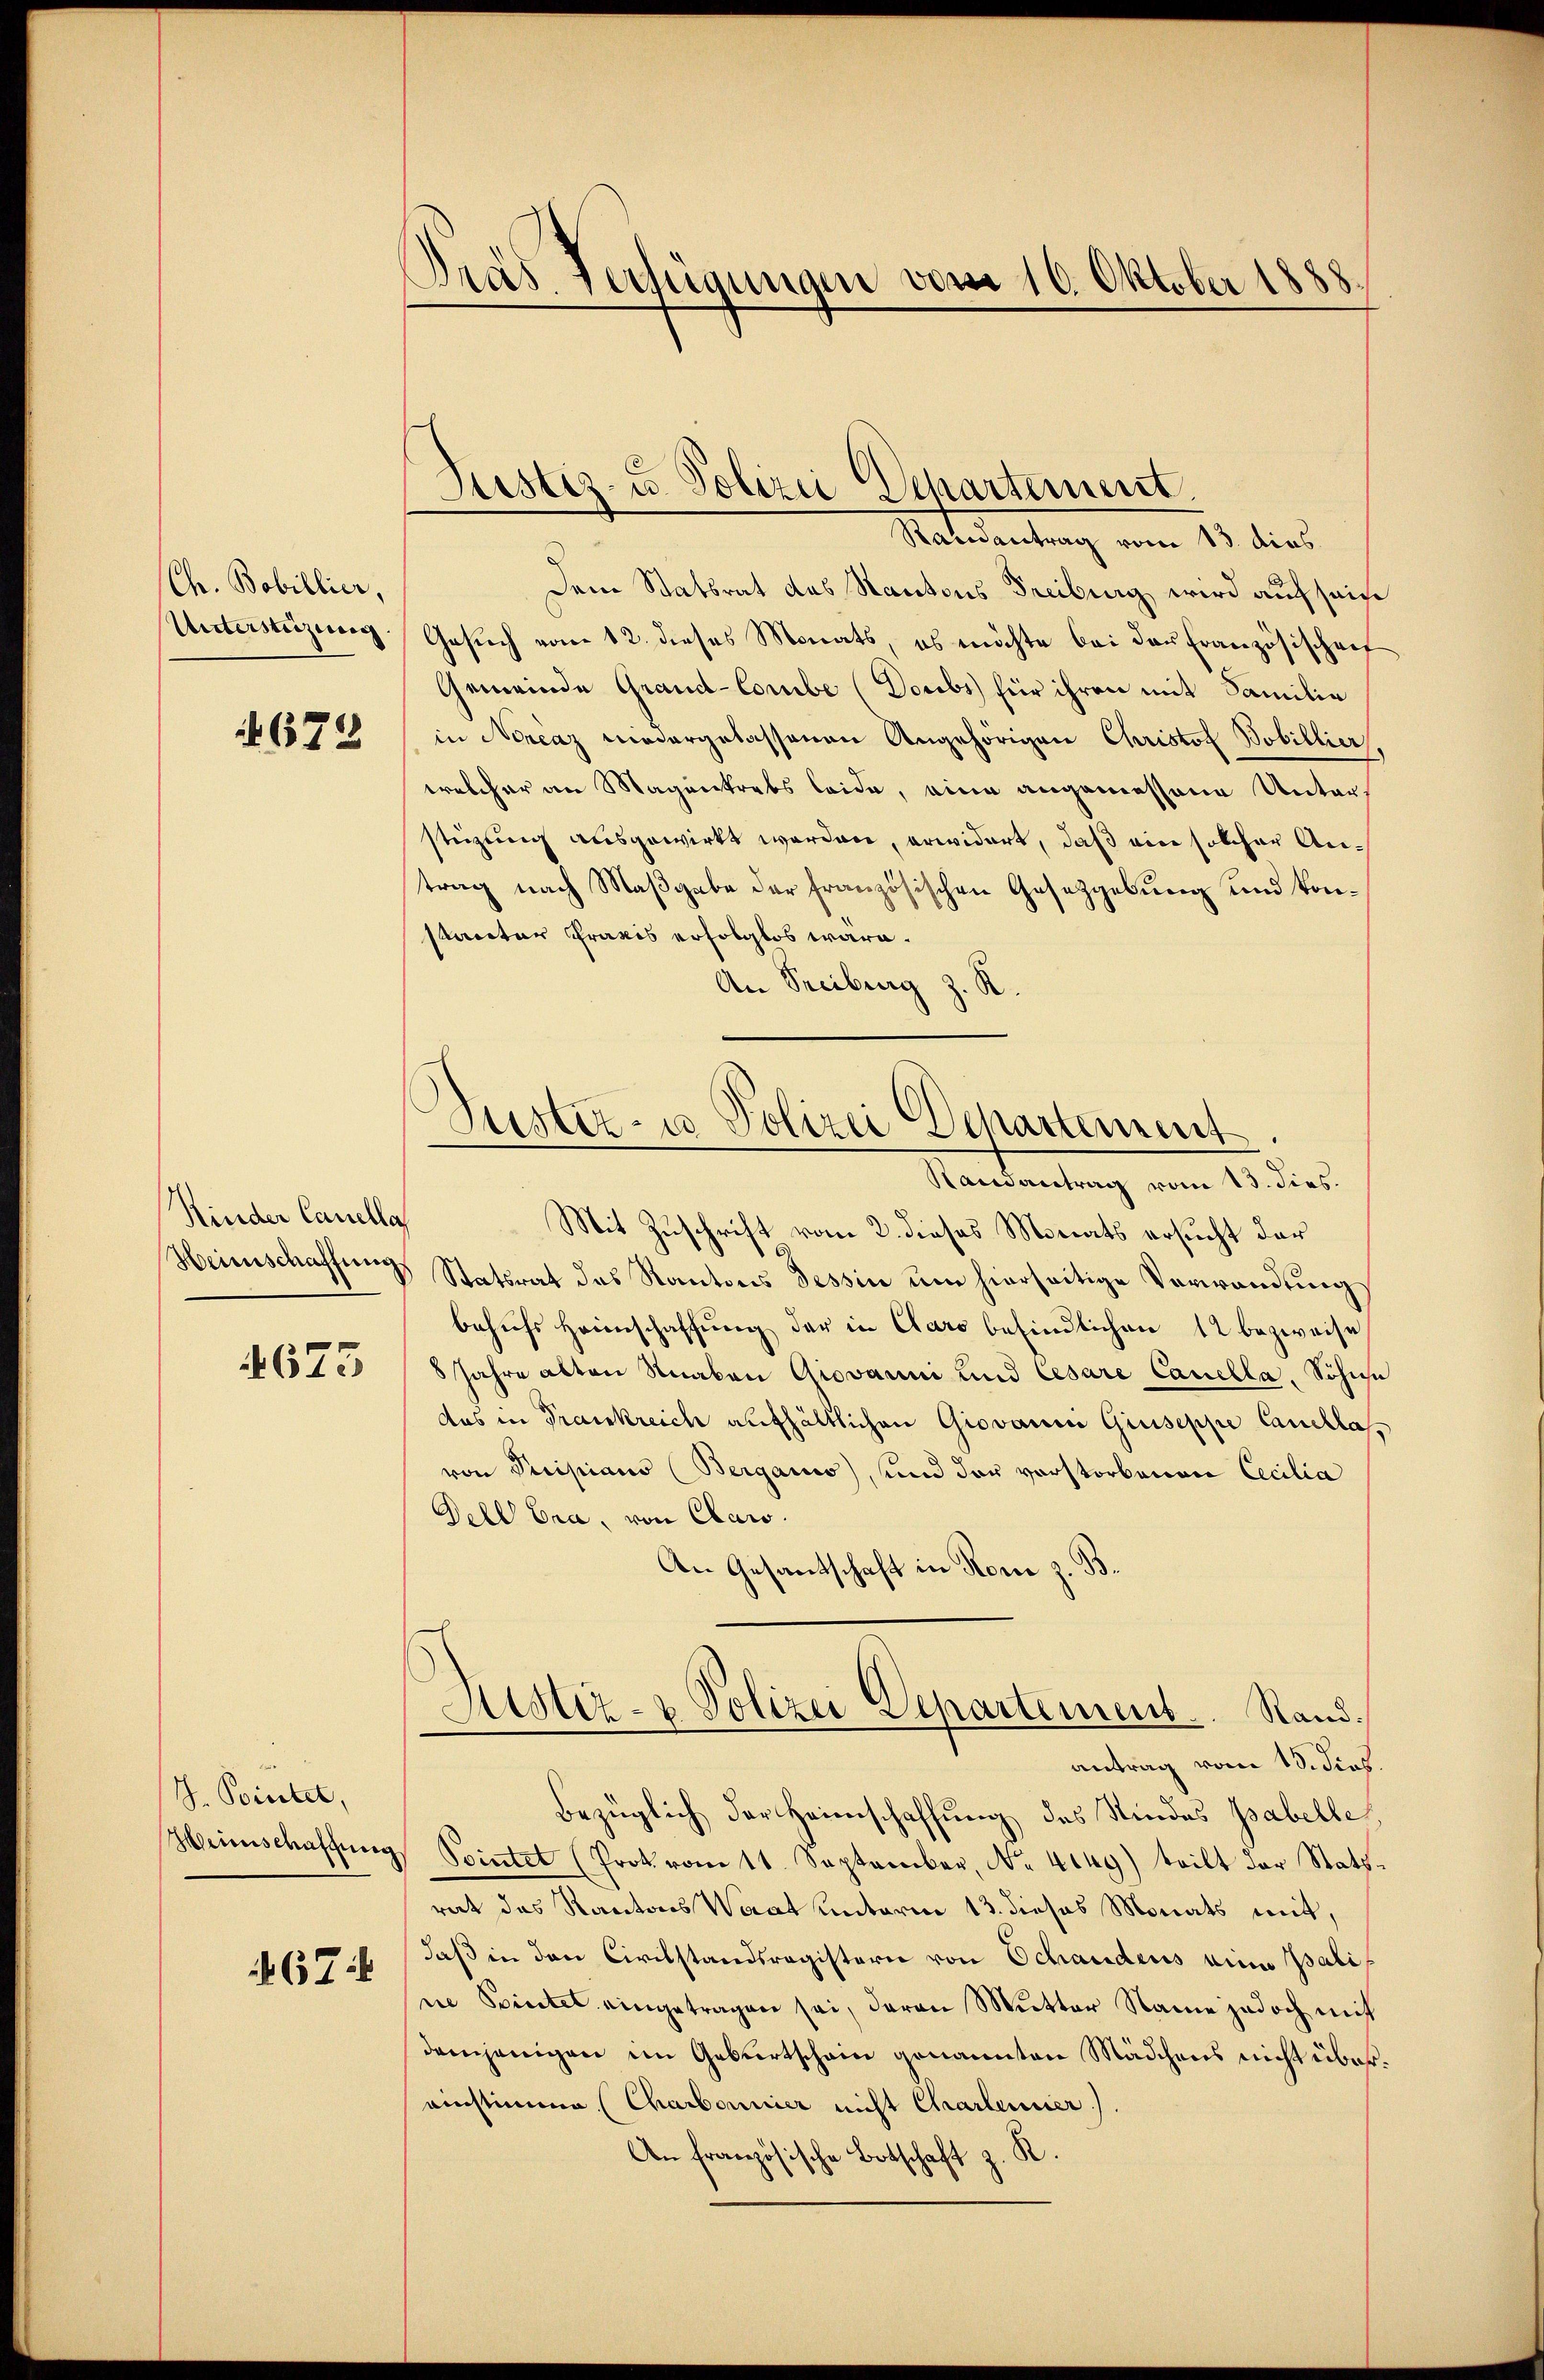
Chr. Bobillier,
Unterstüzung.

675

Kinder Canella
Heimschaffung.

4673

J. Pointet,
Herinschaffung

67

Dräs. Verfügungen vom 10. Oktober 1888.

Justiz- u. Polizei Departement.

Justiz- u Polizei Departement

Ratsantrag vom 13. dies
Dem Statsrat des Kantons Freiburg wird auf sein
Gesuch vom 12. dieses Monats, es möchte bei der Französischen
Gemeinde Grand-Combe (Doubs für ihren mit Familie
in Norcaz niedergelassenen Angehörigen Christof Bobillier,
welcher an Magenkrebs leide, eine angemessene Unters
stüzung ausgewirkt worden, erwidert, daß ein solcher Antrag nach Maßgabe der französischen Gesetzgebung und kon¬
Parceter Praxis erfolglos wäre.
An Freiburg z. R.
Randantrag vom 13. dies.
Mit Zuschrift vom 2. dieses Monats ersucht der
Statsrat des Kantons Tessin um hierseitige Verwandung
behufs Heimschaffung der in Clars befindlichen 12 bezweise
8 Jahre alten Knaben Giovanni und Cesare Canella, Sohne
das in Frankreich aufhältlichen Giovanni Gruseppe Caucllavon Puripiano (Bergans, und der vorstorbenen Cecilia
Dell bra, von Claro.
An Gesandtschaft in Rone z. B.
Justiz- & Polizei Separtement. Rand.
antrag vom 13. Jos.
bezüglich der Heimschaffung des Kindes Gabelle,
Pointet (Prok. vom 11. September, No. 4149) teilt der Statsrat das Kantons Waat unterm 13. dieses Monats mit,
daß in den Civilstandsregistern von Schandens eine Bali
ne Spiertes eingetragen sei, deren Mutter Name jedoch mit
demjenigen im Geburtschain genannten Mädchens nicht übereinstimme (Charbonnier nicht Chartenier).
An französische Botschaft z. R.